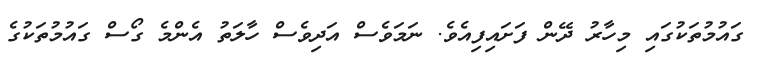
ގައުމުތަކުގައި މިހާރު ދޭން ފަށައިފިއެވެ. ނަމަވެސް އަދިވެސް ހާލަތު އެންމެ ގޯސް ގައުމުތަކުގެ